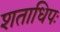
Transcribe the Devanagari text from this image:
शताधिपः